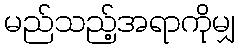
မည်သည့်အရာကိုမျှ